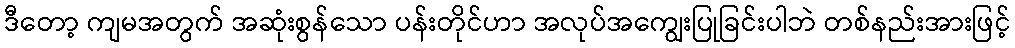
ဒီတော့ ကျမအတွက် အဆုံးစွန်သော ပန်းတိုင်ဟာ အလုပ်အကျွေးပြုခြင်းပါဘဲ တစ်နည်းအားဖြင့်